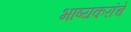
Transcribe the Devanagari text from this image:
भाष्यकरांचे